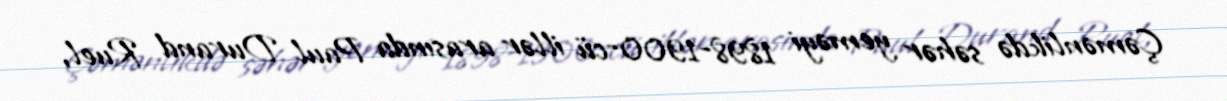
Çəmənlikdə səhər yeməyi 1898-1900-cü illər arasında Paul Durand Ruel,